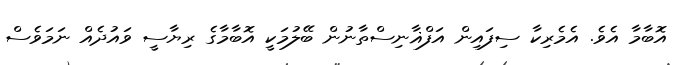
އޮބާމާ އެވެ. އެމެރިކާ ސިފައިން އަފްޣާނިސްތާނުން ބޭލުމަކީ އޮބާމާގެ ރިޔާސީ ވައުދެއް ނަމަވެސް